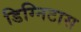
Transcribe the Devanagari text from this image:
डिग्निटास